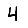
Digit: 4